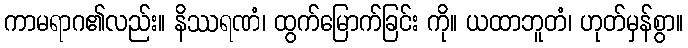
ကာမရာဂ၏လည်း။ နိဿရဏံ၊ ထွက်မြောက်ခြင်း ကို။ ယထာဘူတံ၊ ဟုတ်မှန်စွာ။